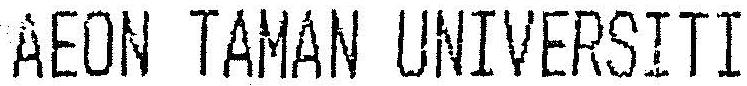
AEON TAMAN UNIVERSITI